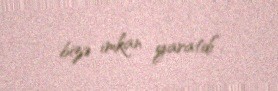
bizə imkan yaratdı”.